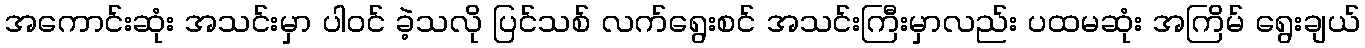
အကောင်းဆုံး အသင်းမှာ ပါဝင် ခဲ့သလို ပြင်သစ် လက်ရွေးစင် အသင်းကြီးမှာလည်း ပထမဆုံး အကြိမ် ရွေးချယ်